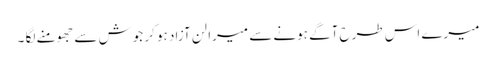
میرے اس طرح آگے ہونے سے میرا لن آزاد ہو کر جوش سے جھومنے لگا ۔